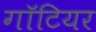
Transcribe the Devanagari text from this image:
गॉटियर